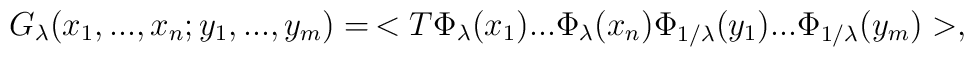
G_{\lambda}(x_1,...,x_n;y_1,...,y_m)=\,<T\Phi_{\lambda}(x_1)...                                         \Phi_{\lambda}(x_n)                                         \Phi_{1/\lambda}(y_1)...                                         \Phi_{1/\lambda}(y_m)>,